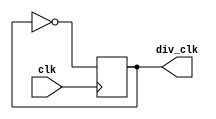
module clock_divider (
    input wire clk,
    output reg div_clk = 0
);

integer counter = 0;

// For 25 Mhz => 50Mhz / (2*frequency_wanted) - 1
// 50Mhz / (2*25Mhz) - 1 = 0
parameter div_val = 0;

always @(posedge clk) begin
   if (counter == div_val) begin
        counter <= 0;
        div_clk <= ~div_clk;
    end
    else begin
      counter <= counter + 1; 
        div_clk <= ~div_clk;
    end
end
endmodule //clock_divider